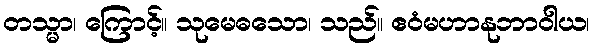
တသ္မာ၊ ကြောင့်။ သုမေဓသော၊ သည်။ ဧဝံမဟာနုဘာဝါယ၊